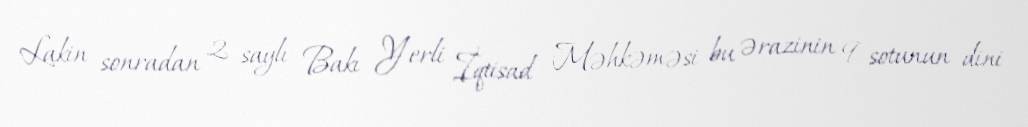
Lakin sonradan 2 saylı Bakı Yerli İqtisad Məhkəməsi bu ərazinin 9 sotunun dini